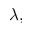
\lambda ,